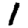
Digit: 1